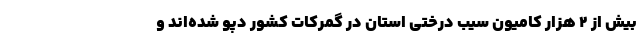
بیش از ۲ هزار کامیون سیب درختی استان در گمرکات کشور دپو شده‌اند و